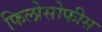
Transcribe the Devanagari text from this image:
फिलोसोफीस